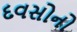
દવસોનો